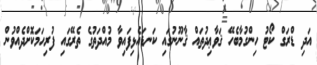
އަދި ޑްރަގް ކޯޓު ހިންގުމާބެހޭ ޤަވާޢިދުތައް ޤާނޫނުގައި ކަނޑައެޅިފައިވާ މުއްދަތުގެ ތެރޭގައި ފުރިހަމަކޮށްދެއްވުން